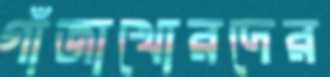
গাঁজাখোরদের